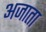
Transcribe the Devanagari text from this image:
अजाता